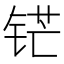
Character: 铓